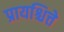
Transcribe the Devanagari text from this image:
प्रायश्चित्ते